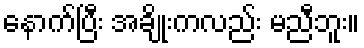
နောက်ပြီး အချိုးကလည်း မညီဘူး။